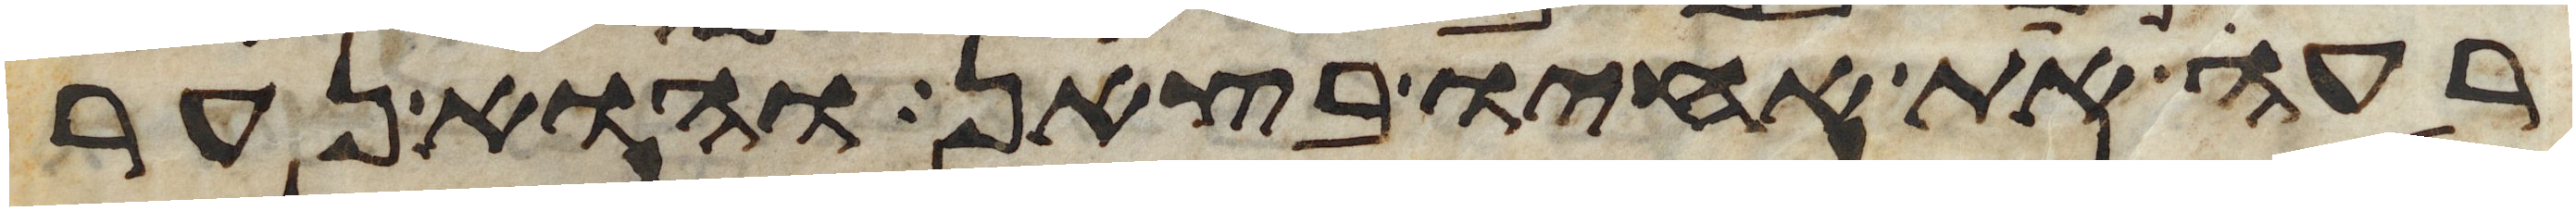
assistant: רעה את אחיו בצאן והוא נער